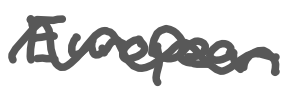
Text: European
Cross-out: wave
Writing tool: digital_gray